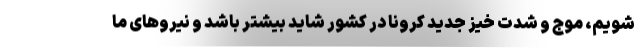
شویم، موج و شدت خیز جدید کرونا در کشور شاید بیشتر باشد و نیروهای ما